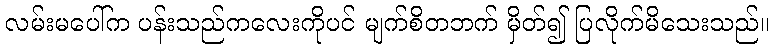
လမ်းမပေါ်က ပန်းသည်ကလေးကိုပင် မျက်စိတဘက် မှိတ်၍ ပြလိုက်မိသေးသည်။